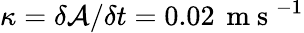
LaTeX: \kappa=\delta\mathbf{\mathcal{A}}/\delta t=0.02\, \mathrm{~m~s~}^{-1}